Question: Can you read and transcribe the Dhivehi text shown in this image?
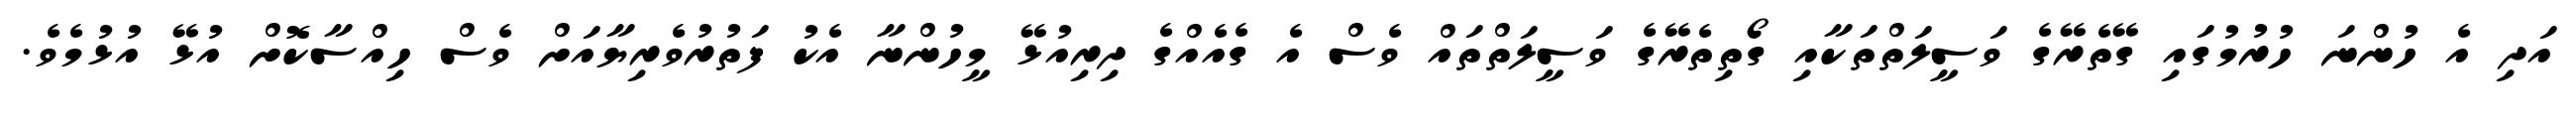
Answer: އަދި އެ ހުންނަ ހުރުމުގައި ގޭތެރޭގެ ވަސީލަތްތަކާއި ގޯތިތެރޭގެ ވަސީލަތްތައް ވެސް އެ ގެއެއްގެ ދިރިއުޅޭ މީހުންނާ އެކު ފަތުރުވެރިޔާއަށް ވެސް ހިއްސާކޮށް އުޅޭ އުޅުމެވެ.